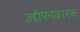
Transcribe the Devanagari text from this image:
उद्दीपनकारक